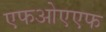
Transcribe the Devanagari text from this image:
एफओएएफ